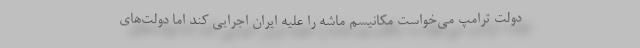
دولت ترامپ می‌خواست مکانیسم ماشه را علیه ایران اجرایی کند اما دولت‌های